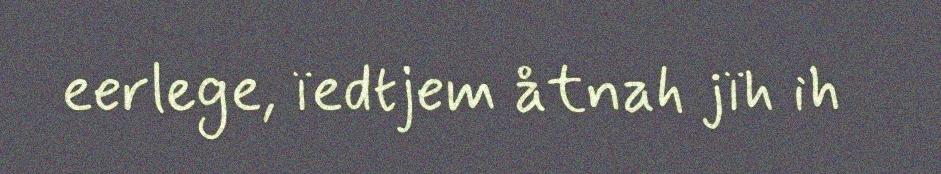
eerlege, ïedtjem åtnah jïh ih